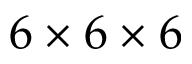
6 \times 6 \times 6